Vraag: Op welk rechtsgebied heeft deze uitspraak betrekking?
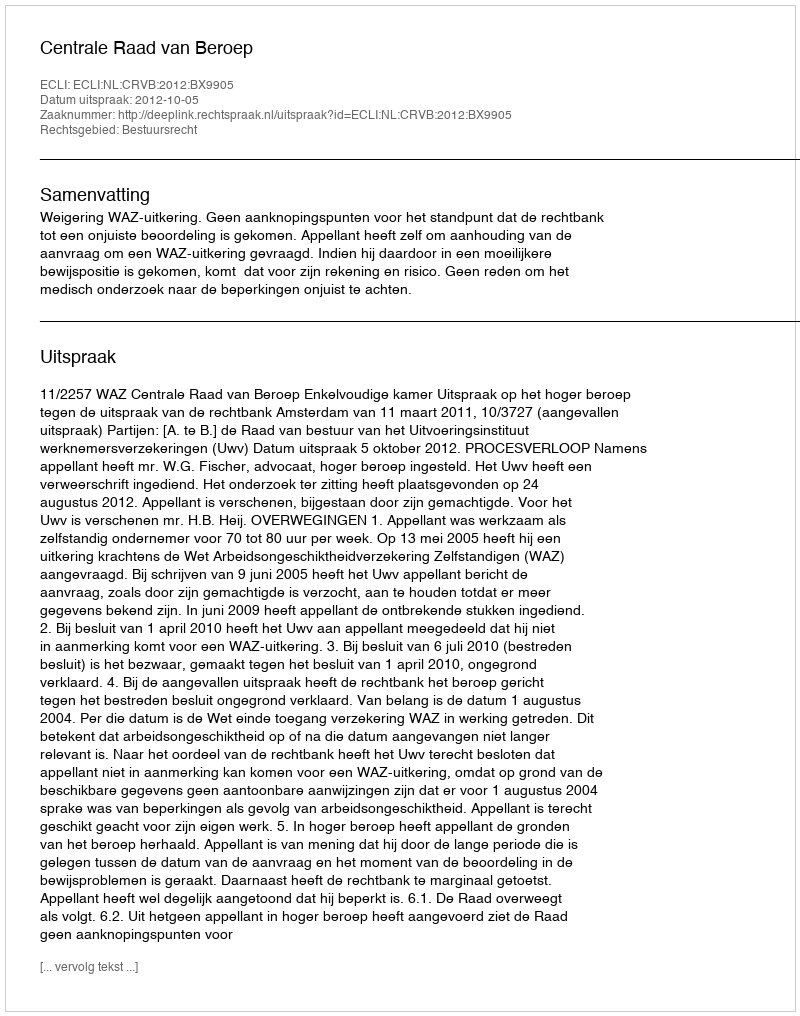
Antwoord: Bestuursrecht